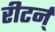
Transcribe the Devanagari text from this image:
रीटर्न्